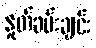
နှုတ်ခမ်းချင်း